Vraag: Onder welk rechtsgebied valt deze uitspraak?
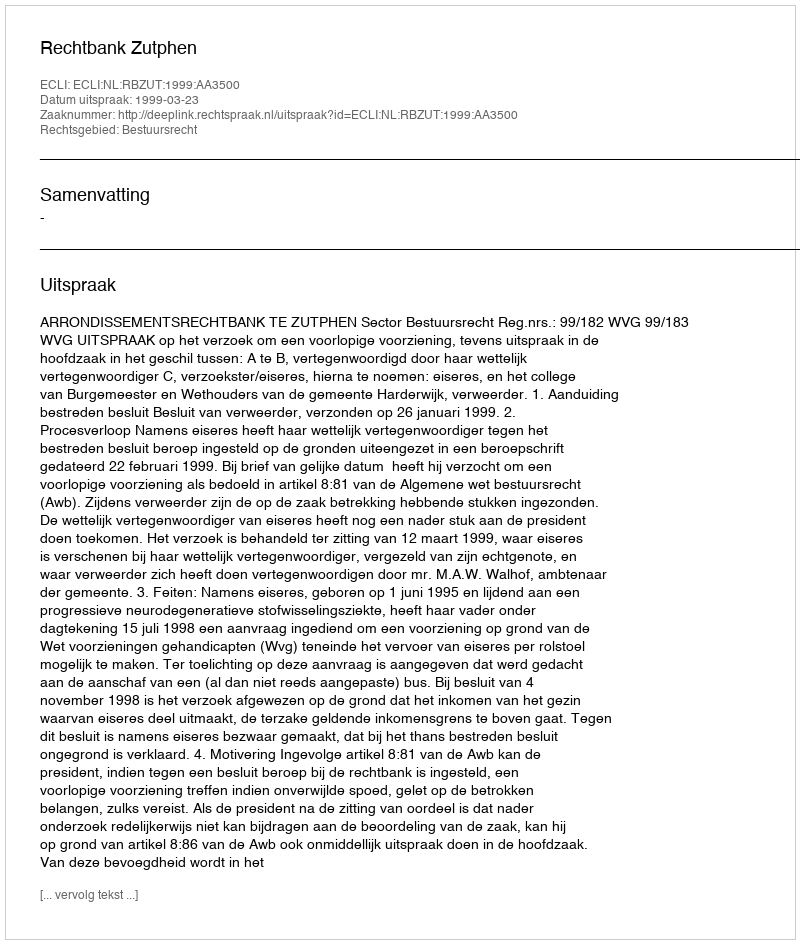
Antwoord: Bestuursrecht